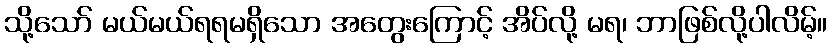
သို့သော် မယ်မယ်ရရမရှိသော အတွေးကြောင့် အိပ်လို့ မရ၊ ဘာဖြစ်လို့ပါလိမ့်။